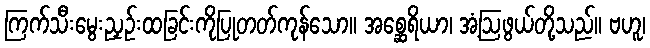
ကြက်သီးမွေးညှဉ်းထခြင်းကိုပြုတတ်ကုန်သော။ အစ္ဆေရိယာ၊ အံ့ဩဖွယ်တို့သည်။ ဗဟူ၊